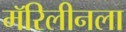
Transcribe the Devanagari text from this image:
मॅरिलीनला